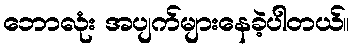
ဘောလုံး အပျက်များနေခဲ့ပါတယ်။